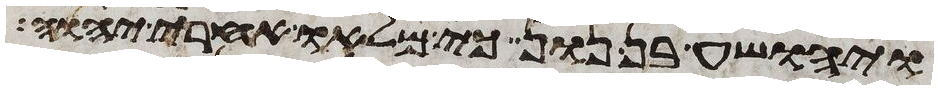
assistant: ויהושע בן נון כי מלאו אחרי יהוה